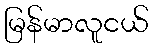
မြန်မာလူငယ်